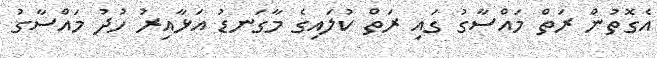
އެގޮތުން ރަތް މައްސާގު ގައި ރަތް ކުލައިގެ މާގަނޑު އަޅާއިރު ހުދު މައްސާގު